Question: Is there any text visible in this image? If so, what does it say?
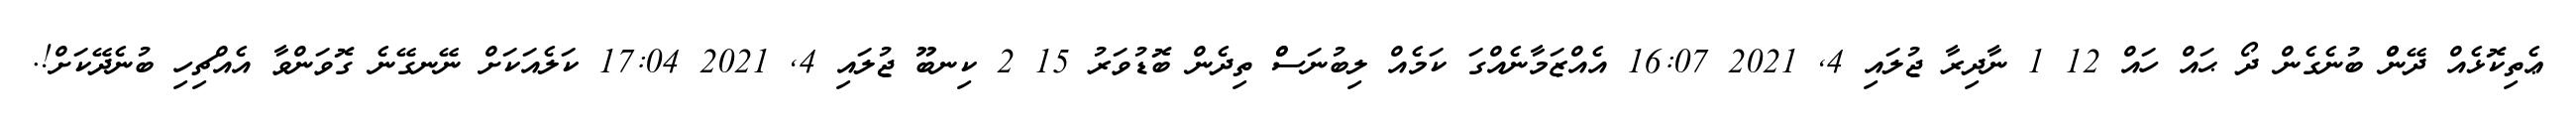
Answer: ޢެތިކޮޅެއް ދޭންް ބުނެގެން ދޯ ޙައް ހައް 12 1 ނާދިރާ ޖުލައި 4, 2021 16:07 އެއްޒަމާނެއްގަ ކަމެއް ލިބުނަސްް ތިދެން ބޮޑުވަރު 15 2 ކިނބޫ ޖުލައި 4, 2021 17:04 ކަލެއަކަށް ނޭނގޭނެ ގޮވަންވާ އެއްޗިހި ބުނެދޭކަށް!.